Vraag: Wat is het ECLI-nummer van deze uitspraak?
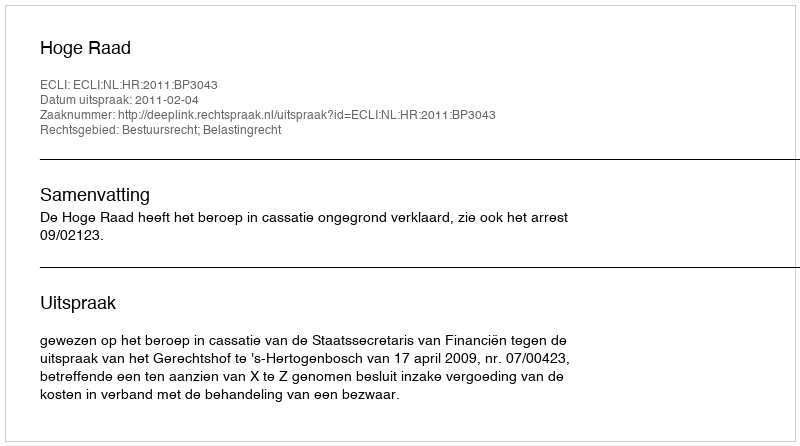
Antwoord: ECLI:NL:HR:2011:BP3043